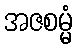
အဇစမ္မံ